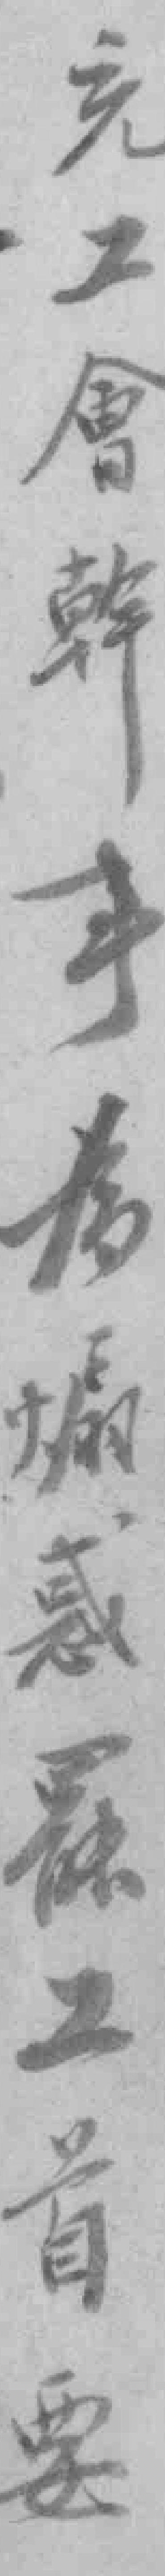
充工會幹事為煽惑罷工首要